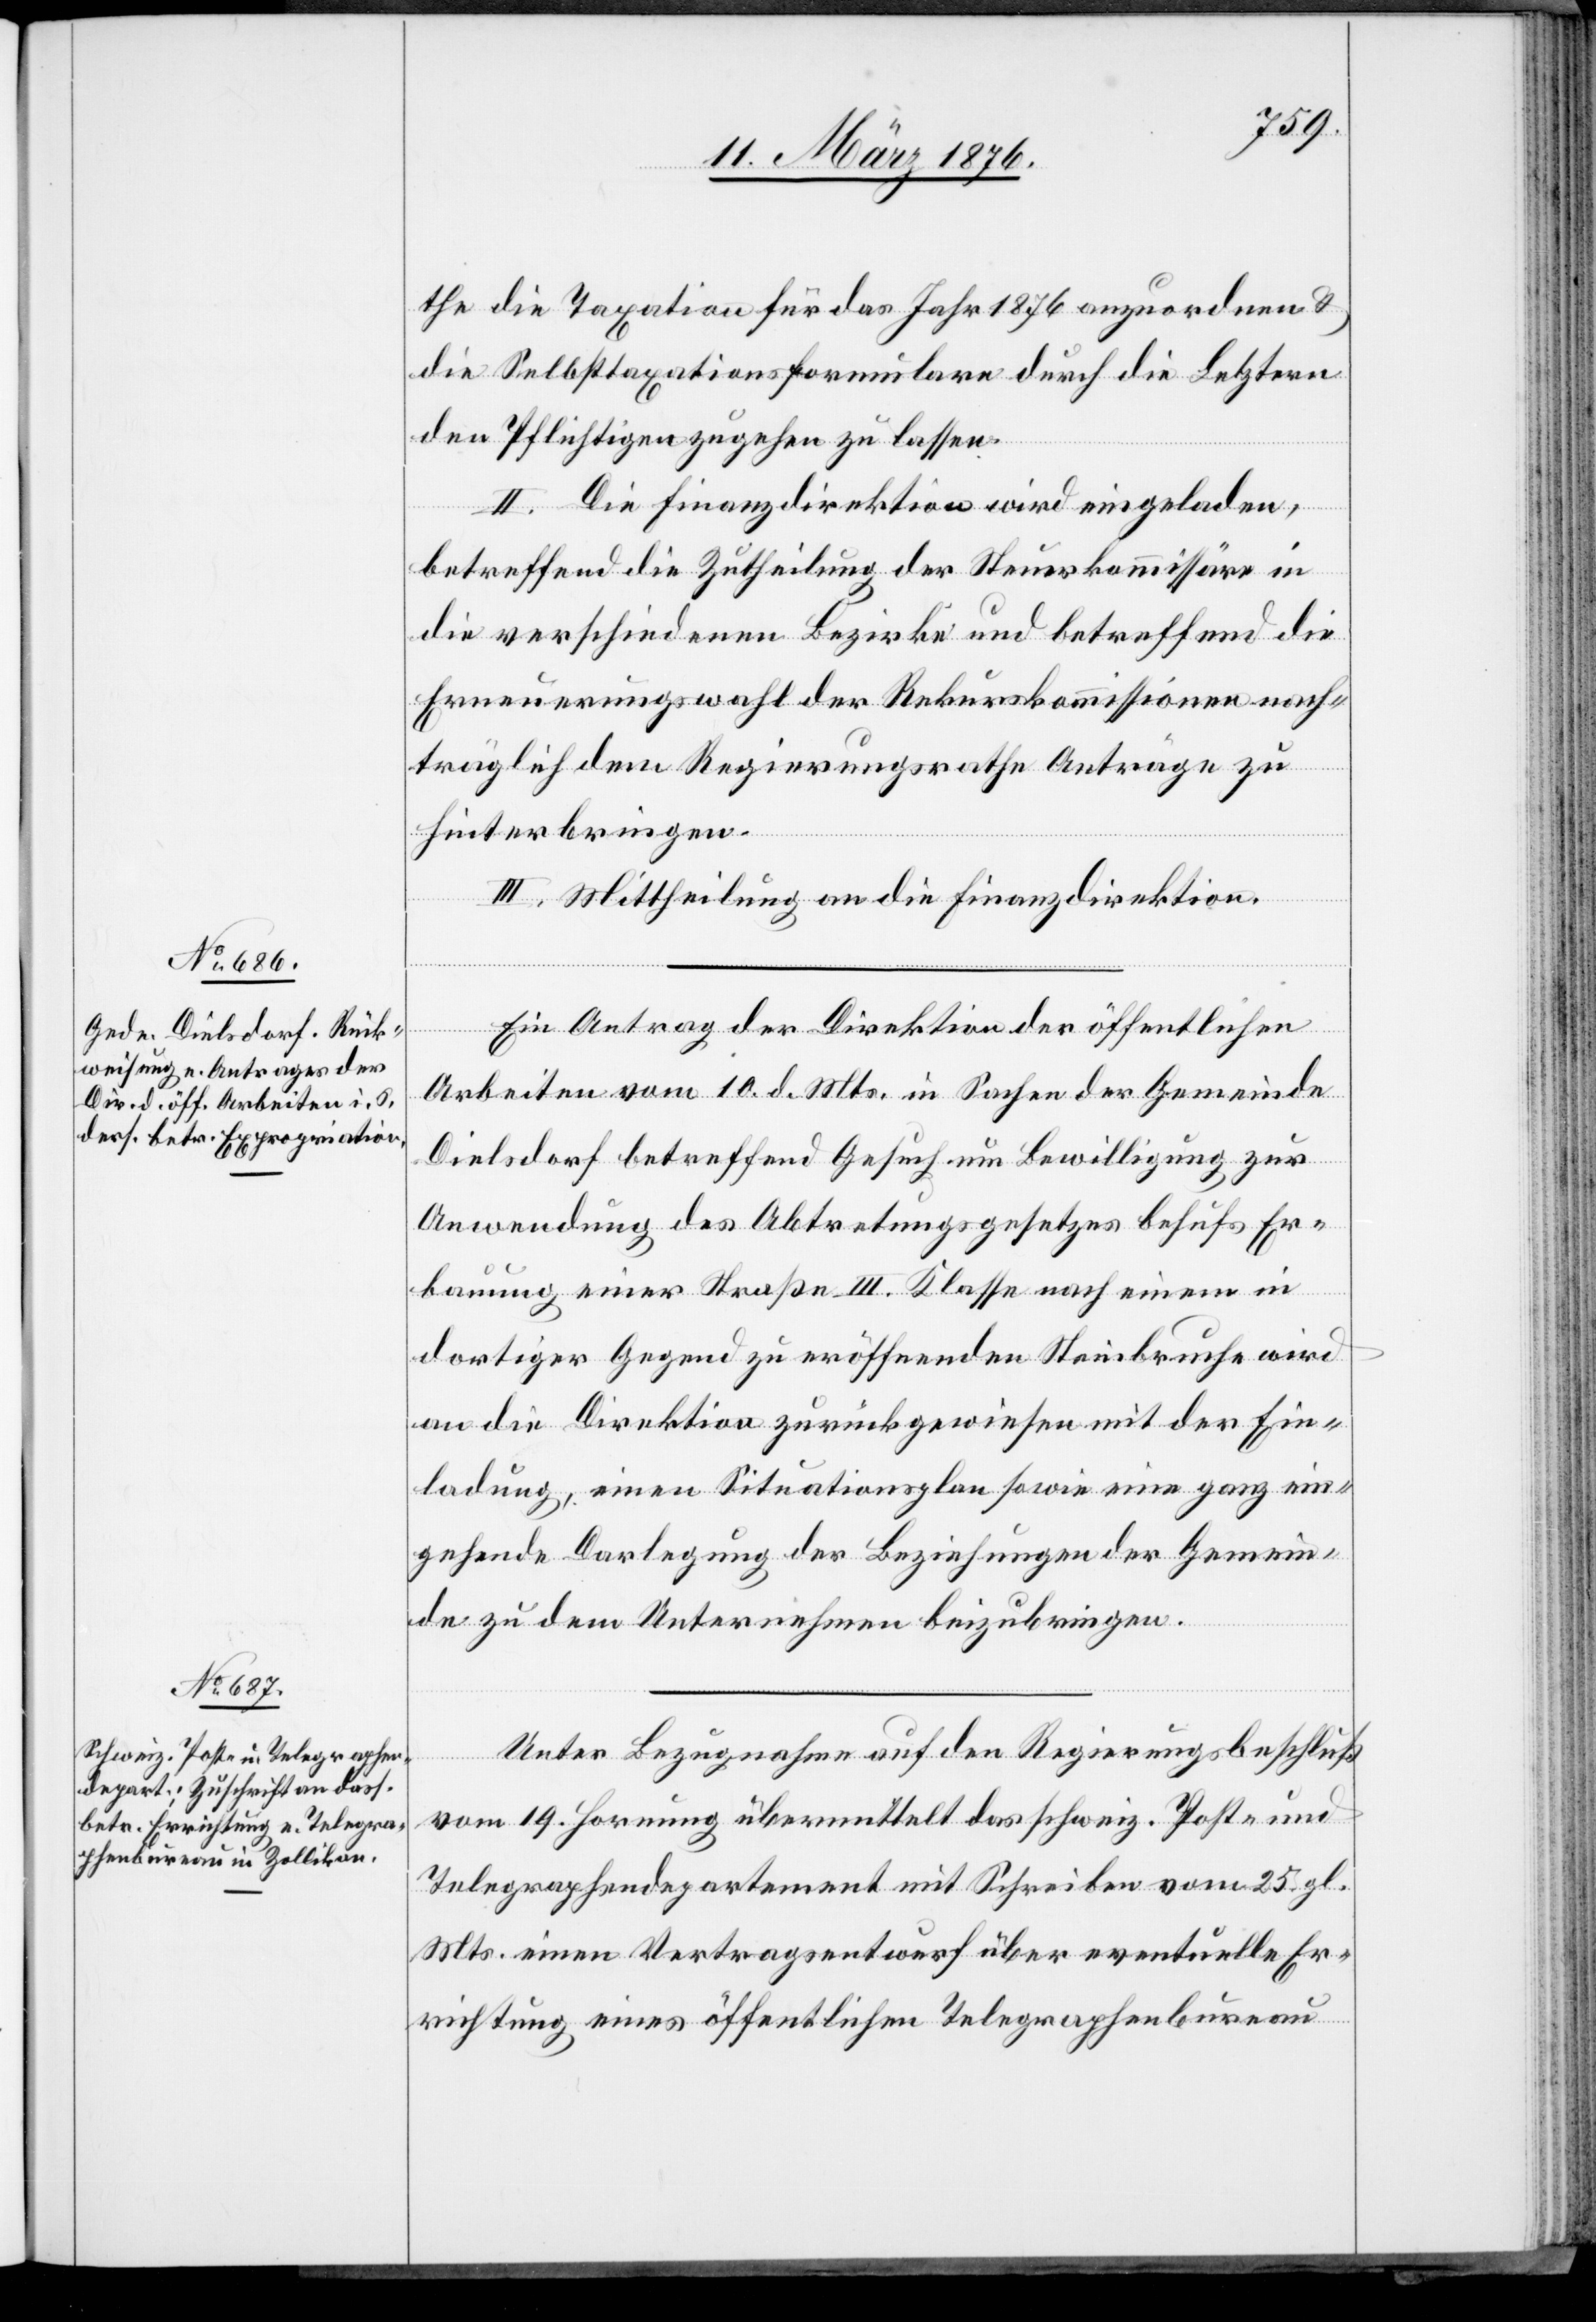
the die Taxation für das Jahr 1876 anzuordnen &
die Selbsttaxationsformulare durch die Letztern
den Pflichtigen zugehen zu lassen.
II. Die Finanzdirektion wird eingeladen,
betreffend die Zutheilung der Steuerkommissionäre in
die verschiedenen Bezirke und betreffend die
Erneuerungswahl der Rekurskommissionen nach¬
träglich dem Regierungsrathe Anträge zu
hinterbringen.
III. Mittheilung an die Finanzdirektion.
Ein Antrag der Direktion der öffentlichen
Arbeiten vom 1. d. Mts. in Sachen der Gemeinde
Dielsdorf betreffend Gesuch um Bewilligung zur
Anwendung des Abtretungsgesetzes behufs Er¬
bauung einer Straße III. Klasse nach einem in
dortiger Gegend zu eröffnenden Steinbruche wird
an die Direktion zurückgewiesen mit der Ein¬
ladung, einen Situationsplan sowie eine ganz ein¬
gehende Darlegung der Beziehungen der Gemein¬
de zu dem Unternehmen beizubringen.
Unter Bezugnahme auf den Regierungsbeschluß
vom 19. Hornung übermittelt das schweiz. Post- und
Telegraphendepartement mit Schreiben vom 25. gl.
Mts. einen Vertragsentwurf über eventuelle Er¬
richtung eines öffentlichen Telegraphenbureau